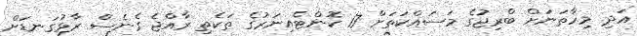
އަދި މިހާތަނަށް ބްރިޖުގެ މަސައްކަތަށް 17 ކޮންޓެއިނަރުގެ ތަކެތި ރާއްޖެ ގެނެސް ރާޅުގަނޑަށް